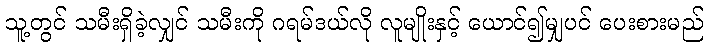
သူ့တွင် သမီးရှိခဲ့လျှင် သမီးကို ဂရမ်ဒယ်လို လူမျိုးနှင့် ယောင်၍မျှပင် ပေးစားမည်